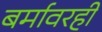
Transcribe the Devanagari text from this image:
बर्मावरही